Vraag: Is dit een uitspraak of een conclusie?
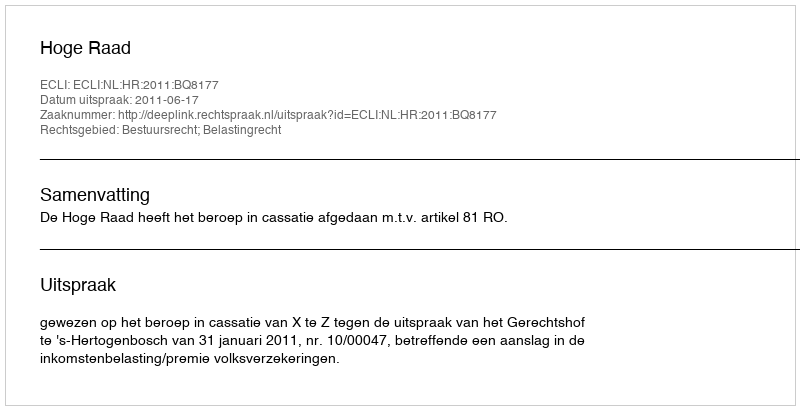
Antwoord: Uitspraak